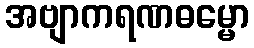
အဗျာကရဏဓမ္မော